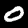
Digit: 0